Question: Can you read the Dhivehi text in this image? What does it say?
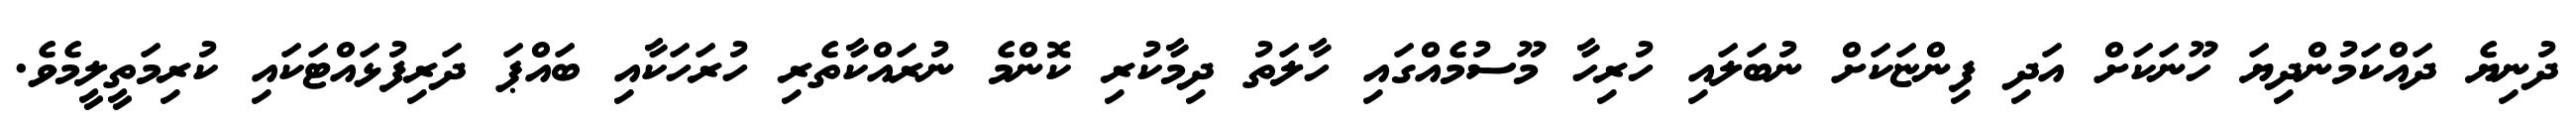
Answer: ދުނިޔެ ދައްކަމުންދިޔަ ހޫނަކަށް އަދި ފިންޏަކަށް ނުބަލައި ހުރިހާ މޫސުމެއްގައި ހާލަތު ދިމާކުރި ކޮންމެ ނުރައްކާތެރި ހުރަހަކާއި ބައްޕަ ދަރިފުޅައްޓަކައި ކުރިމަތީލީމެވެ.